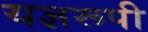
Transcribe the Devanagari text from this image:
यज्ञरूपी